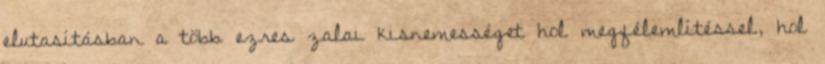
elutasításban a több ezres zalai kisnemességet hol megfélemlítéssel, hol